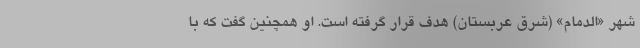
شهر «الدمام» (شرق عربستان) هدف قرار گرفته است. او همچنین گفت که با